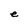
Character: e